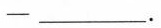
-___.